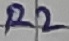
Text: R2